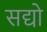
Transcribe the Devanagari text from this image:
सद्यो